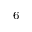
^ 6